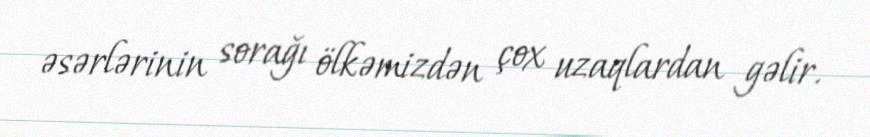
əsərlərinin sorağı ölkəmizdən çox uzaqlardan gəlir.